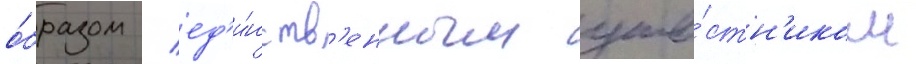
о́бразом / ед'и́нств'енным уча́стн'иком